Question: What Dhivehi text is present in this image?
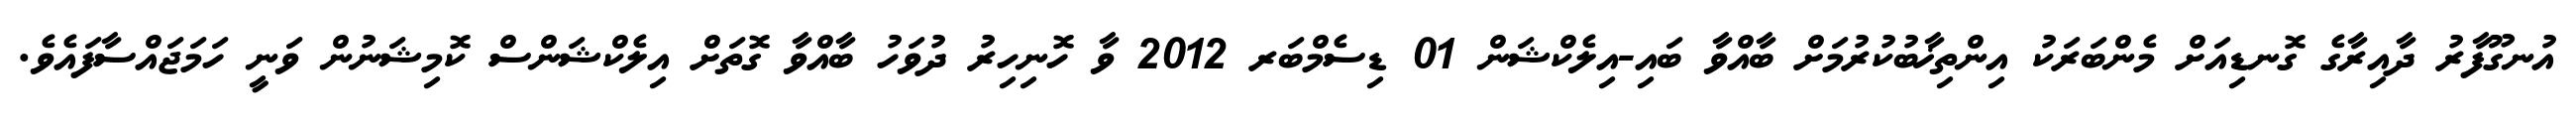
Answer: އުނގޫފާރު ދާއިރާގެ ގޮނޑިއަށް މެންބަރަކު އިންތިޚާބުކުރުމަށް ބާއްވާ ބައި-އިލެކްޝަން 01 ޑިސެމްބަރ 2012 ވާ ހޮނިހިރު ދުވަހު ބާއްވާ ގޮތަށް އިލެކްޝަންސް ކޮމިޝަނުން ވަނީ ހަމަޖައްސާފައެވެ.